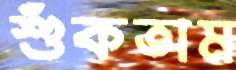
শুঁকতাম